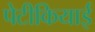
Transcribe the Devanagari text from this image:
पेटीकियाई